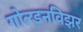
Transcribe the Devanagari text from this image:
गोल्डनविझर